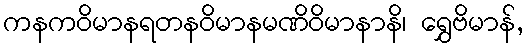
ကနကဝိမာနရတနဝိမာနမဏိဝိမာနာနိ၊ ရွှေဗိမာန်,